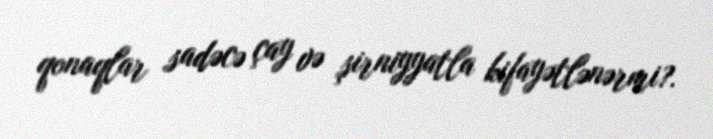
qonaqlar sadəcə çay və şirniyyatla kifayətlənərmi?.